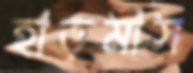
হাড়মাস